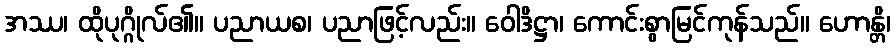
အဿ၊ ထိုပုဂ္ဂိုလ်၏။ ပညာယစ၊ ပညာဖြင့်လည်း။ ဝေါဒိဋ္ဌာ၊ ကောင်းစွာမြင်ကုန်သည်။ ဟောန္တိ၊